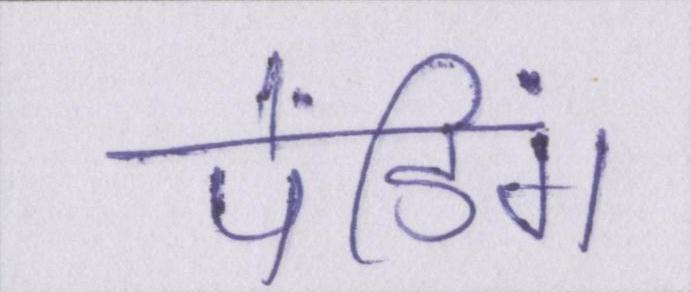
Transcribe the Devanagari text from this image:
पेंडिंग